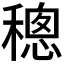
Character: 𥡥